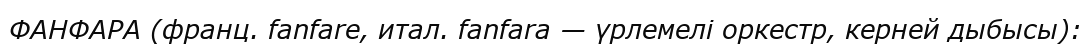
ФАНФАРА (франц. fanfare, итал. fanfara — үрлемелі оркестр, керней дыбысы):